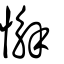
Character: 懈